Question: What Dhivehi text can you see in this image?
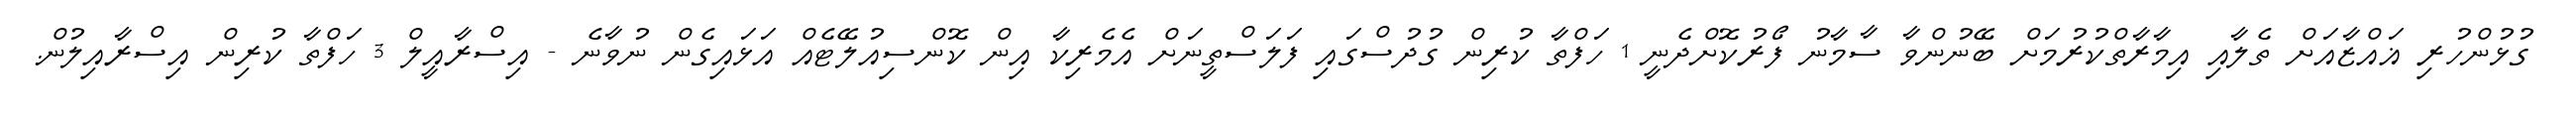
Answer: ގުޅުންހުރި ޣައްޒާއަށް ތެލާއި އިމާރާތްކުރުމަށް ބޭނުންވާ ސާމާނު ފޯރުކޮށްދެނީ 1 ހަފްތާ ކުރިން ގުދުސްގައި ފަލަސްތީނަށް އެމެރިކާ އިން ކޮންސިއުލޭޓެއް އަޅައިގެން ނުވާނެ - އިސްރާއީލް 3 ހަފްތާ ކުރިން އިސްރާއިލުން.